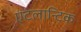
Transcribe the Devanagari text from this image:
एंटलान्टिक